Scottish Leaving Certificate Examination, 1951
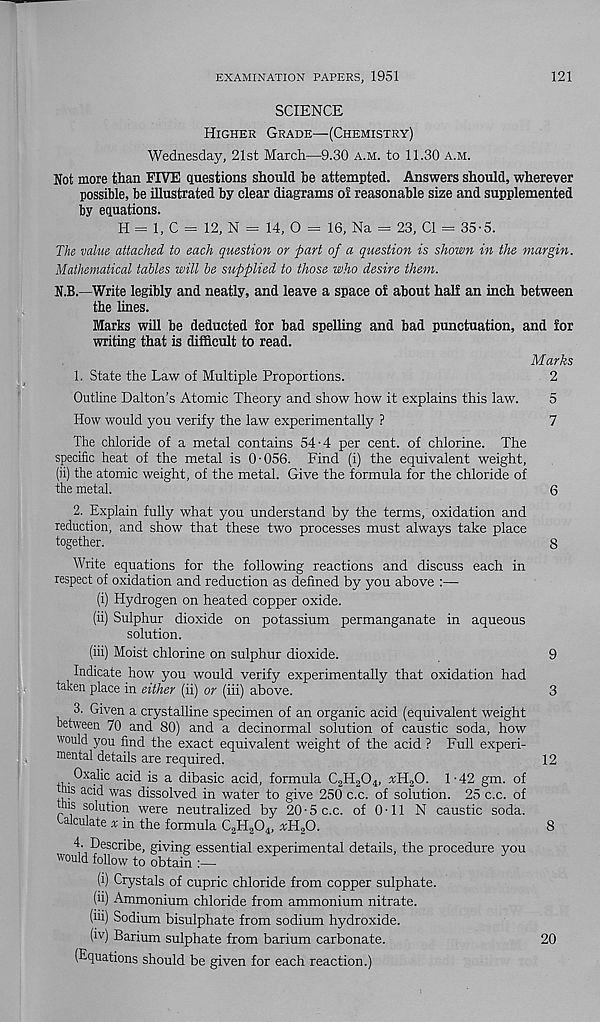
EXAMINATION PAPERS, 1951
121
SCIENCE
Higher Grade—(Chemistry)
Wednesday, 21st March—9.30 a.m. to 11.30 a.m.
Not more than FIVE questions should be attempted. Answers should, wherever
possible, be illustrated by clear diagrams ol reasonable size and supplemented
by equations.
H = 1, C = 12, N = 14, O = 16, Na = 23, Cl = 35-5.
The value attached to each question or part of a question is shown in the margin.
Mathematical tables will be supplied to those who desire them.
N.B.—Write legibly and neatly, and leave a space of about half an inch between
the lines.
Marks will be deducted for bad spelling and bad punctuation, and for
writing that is difficult to read.
Marks
1. State the Law of Multiple Proportions.
2
Outline Dalton’s Atomic Theory and show how it explains this law.
5
How would you verify the law experimentally ?
7
The chloride of a metal contains 54-4 per cent, of chlorine. The
specific heat of the metal is 0-056. Find (i) the equivalent weight,
(ii) the atomic weight, of the metal. Give the formula for the chloride of
the metal.
6
2. Explain fully what you understand by the terms, oxidation and
reduction, and show that these two processes must always take place
together.
8
Write equations for the following reactions and discuss each in
respect of oxidation and reduction as defined by you above :—
(i) Hydrogen on heated copper oxide.
(ii) Sulphur dioxide on potassium permanganate in aqueous
solution.
(iii) Moist chlorine on sulphur dioxide.
9
Indicate how you would verify experimentally that oxidation had
taken place in either (ii) or (iii) above.
3
3. Given a crystalline specimen of an organic acid (equivalent weight
between 70 and 80) and a decinormal solution of caustic soda, how
would you find the exact equivalent weight of the acid ? Full experi-
mental details are required.
12
Oxalic acid is a dibasic acid, formula C 2 H 2 0 4 , xH 2 0. 1-42 gm. of
his ac i ( I was dissolved in water to give 250 c.c. of solution. 25 c.c. of
his solution were neutralized by 20-5 c.c. of 0-11 N caustic soda.
Calculate * in the formula C 2 H 2 0 4 , *H 2 0.
8
4- Describe, giving essential experimental details, the procedure you
would follow to obtain
(i) Crystals of cupric chloride from copper sulphate.
(ii) Ammonium chloride from ammonium nitrate.
(iii) Sodium bisulphate from sodium hydroxide.
(iv) Barium sulphate from barium carbonate.
20
(Equations should be given for each reaction.)